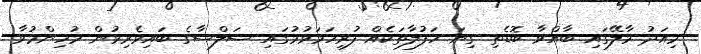
މިއަދު މާލޭގައި ބާއްވާ ބޮޑެތި ގިނަ ހަފުލާތަކެއް ފުރިހަމަވުމުގައި ސަލްސާގެ ބައިވެރިވުން މުހިންމުވާ